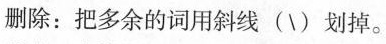
删除：把多余的词用斜线(\)划掉。